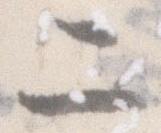
二